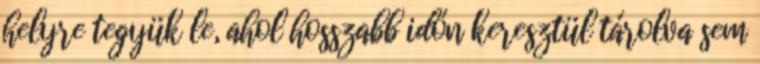
helyre tegyük le, ahol hosszabb időn keresztül tárolva sem